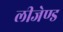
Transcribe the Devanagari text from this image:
लीजेण्ड